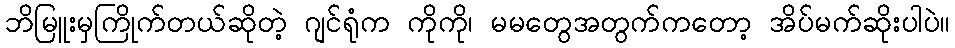
ဘိမြူးမှကြိုက်တယ်ဆိုတဲ့ ဂျင်ရုံက ကိုကို၊ မမတွေအတွက်ကတော့ အိပ်မက်ဆိုးပါပဲ။